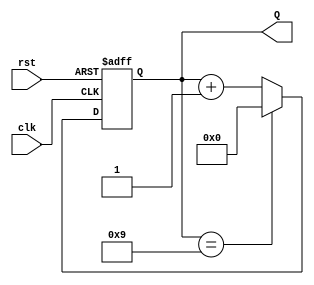
module decade_counter (
    input wire clk,     // Clock signal
    input wire rst,     // Reset signal
    output reg [3:0] Q  // 4-bit output for the current count value
);

// Always block to handle the counter logic
always @(posedge clk or posedge rst) begin
    if (rst) begin
        Q <= 4'b0000;  // Reset the counter to 0
    end else begin
        if (Q == 4'b1001) begin // If Q is 9
            Q <= 4'b0000;      // Reset to 0
        end else begin
            Q <= Q + 1;       // Increment the counter
        end
    end
end

endmodule